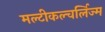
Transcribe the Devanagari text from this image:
मल्टीकल्चर्लिज्म